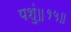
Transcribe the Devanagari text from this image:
पशुं॥१५॥